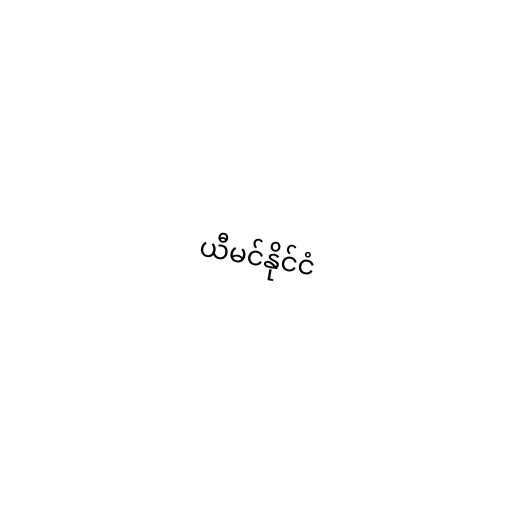
ယီမင်နိုင်ငံ